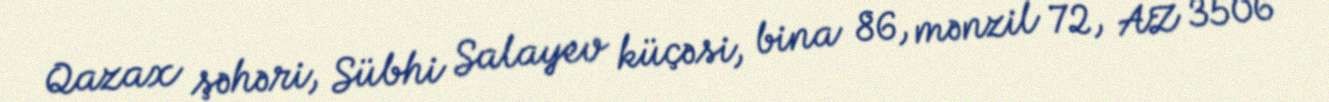
Qazax şəhəri, Sübhi Salayev küçəsi, bina 86, mənzil 72, AZ 3506